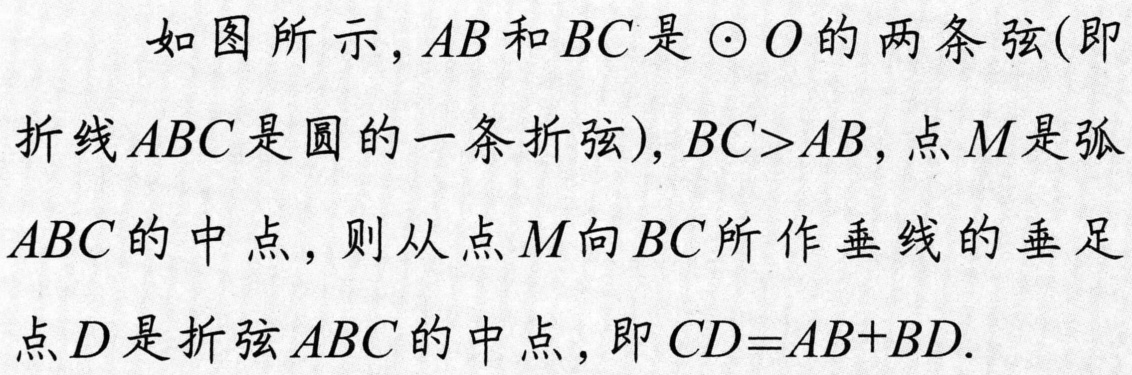
如图所示，\(AB\)和\(BC\)是\(\odot O\)的两条弦(即
折线\(ABC\)是圆的一条折弦)，\(BC > AB\)，点\(M\)是弧
\(ABC\)的中点，则从点\(M\)向\(BC\)所作垂线的垂足
点\(D\)是折弦\(ABC\)的中点，即\(CD = AB + BD\).